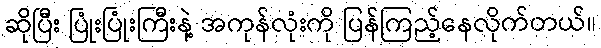
ဆိုပြီး ပြုံးပြုံးကြီးနဲ့ အကုန်လုံးကို ပြန်ကြည့်နေလိုက်တယ်။